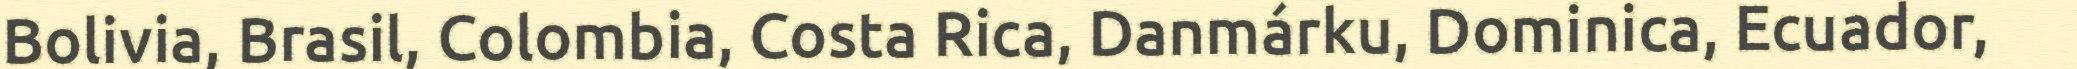
Bolivia, Brasil, Colombia, Costa Rica, Danmárku, Dominica, Ecuador,